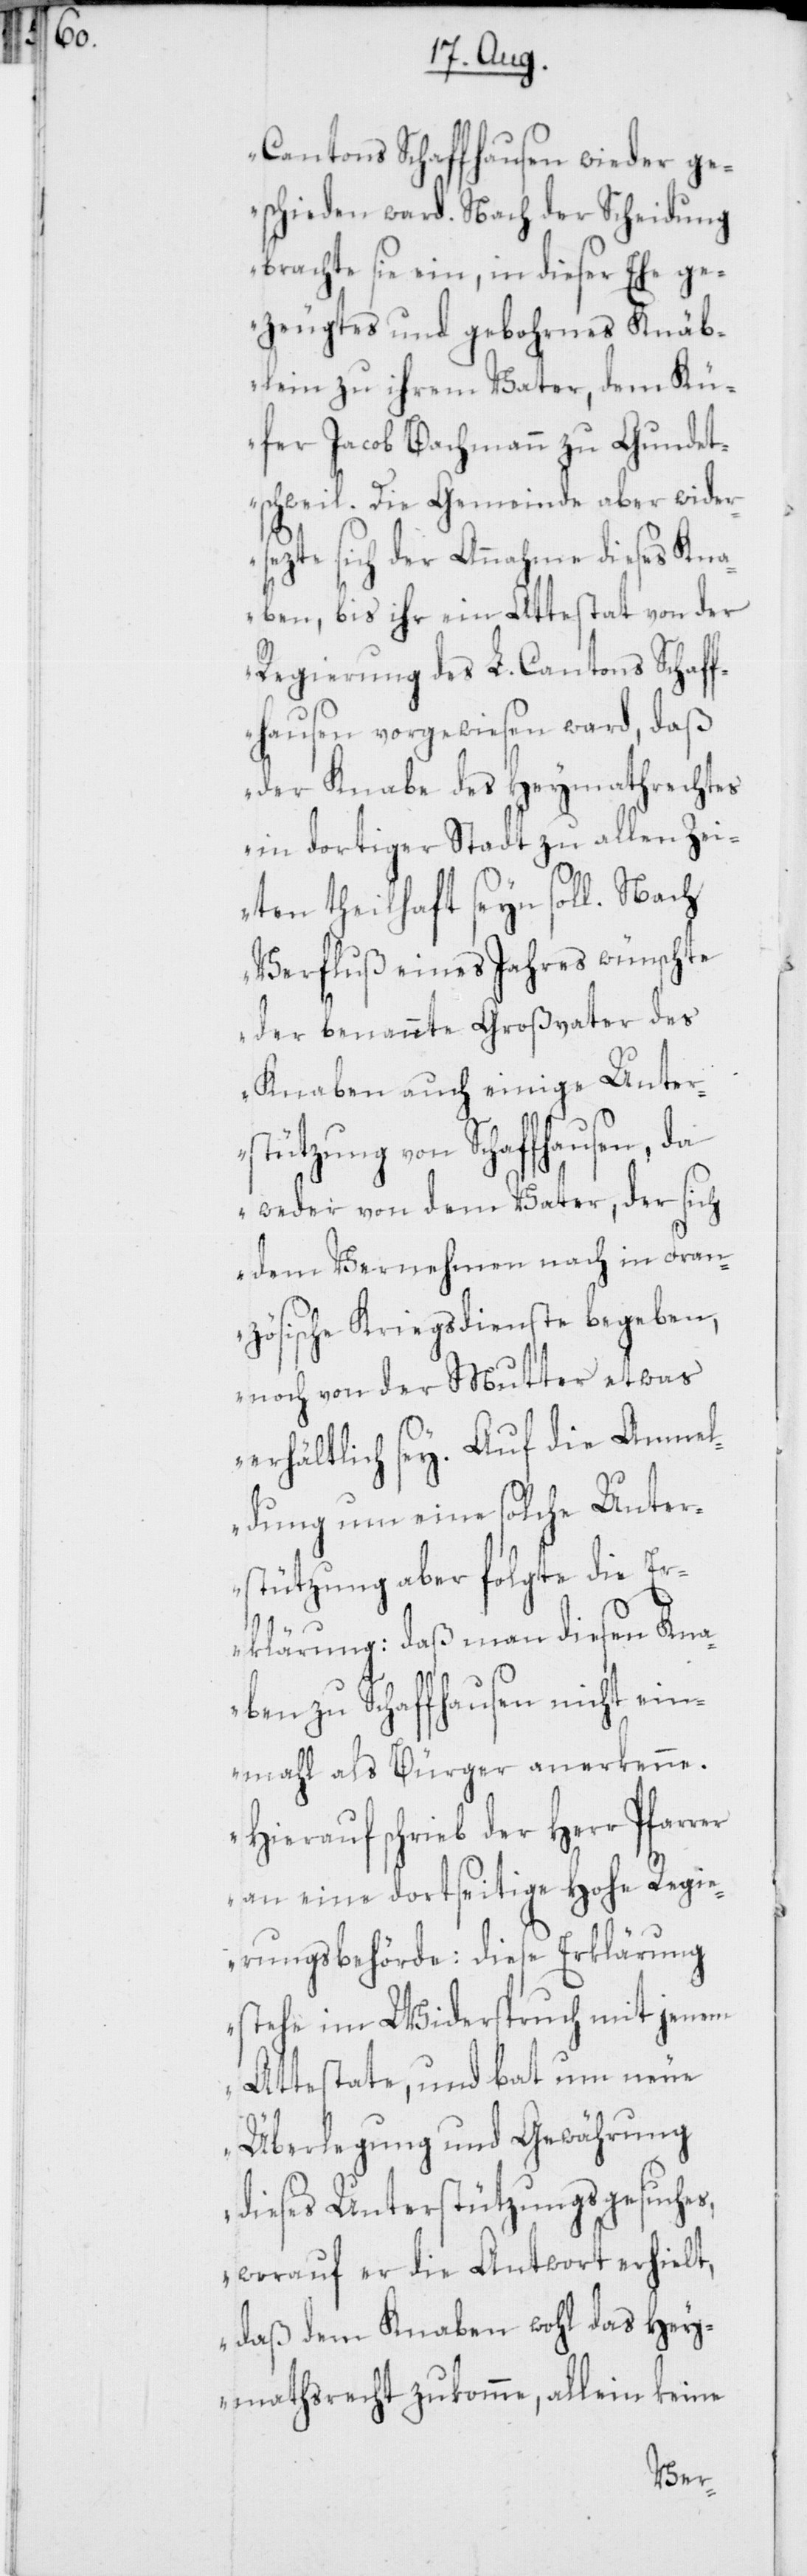
Cantons Schaffhausen wieder ge¬
schieden ward. Nach der Scheidung
brachte sie ein, in dieser Ehe ge¬
zeugtes und gebohrnes Knäb¬
lein zu ihrem Vater, dem Kü¬
fer Jacob Bachmann zu Gundet¬
schweil. Die Gemeinde aber wider¬
sezte sich der Annahme dieses Kn¬
aben, bis ihr ein Attestat von der
Regierung des L. Cantons Schaff¬
hausen vorgewiesen ward, daß
der Knabe des Heymathrechtes
in dortiger Stadt zu allen Zei¬
ten theilhaft seyn soll. Nach
Verfluß eines Jahres wünschte
der benannte Großvater des
Knaben auch einige Unter¬
stützung von Schaffhausen,
weder von dem Vater, der sich
dem Vernehmen nach in Fran¬
zösische Kriegsdienste begeben,
noch von der Mutter etwas
erhältlich sey. Auf die Anmel¬
dung um eine solche Unter¬
stützung aber folgte die E¬
rklärung: daß man diesen Kna¬
ben zu Schaffhausen nicht ei¬
nmahl als Bürger anerkenne.
Hierauf schrieb der Herr Pfar¬
an eine dortseitige Hohe Regi¬
erungsbehörde: Diese Erklärung
stehe im Widerspruch mit jenem
Attestate, und bat um neue
Überlegung und Gewährung
dieses Unterstützungsgesuches,
worauf er die Antwort erhielt,
daß dem Knaben wohl das Hey¬
mathsrecht zukomme, allein keine
rer